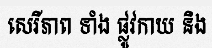
សេរីភាព ទាំង ផ្លូវកាយ និង